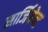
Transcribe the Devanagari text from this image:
सार्जियेन्ट